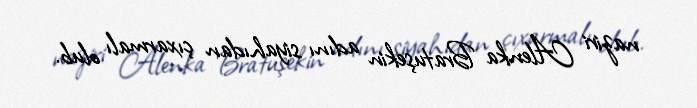
naziri Alenka Bratuşekin adını siyahıdan çıxarmalı olub.